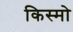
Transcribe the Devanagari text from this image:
किस्मो